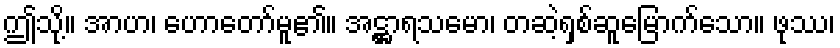
ဤသို့။ အာဟ၊ ဟောတော်မူ၏။ အဋ္ဌာရသမော၊ တဆဲ့ရှစ်ဆူမြောက်သော။ ဖုဿ၊